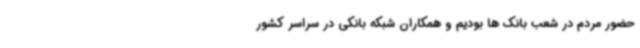
حضور مردم در شعب بانک ها بودیم و همکاران شبکه بانکی در سراسر کشور